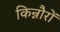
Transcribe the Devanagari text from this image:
किन्नौरों